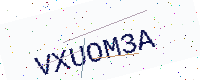
Text: VXUOM3A